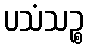
ပသံသဉ္စ